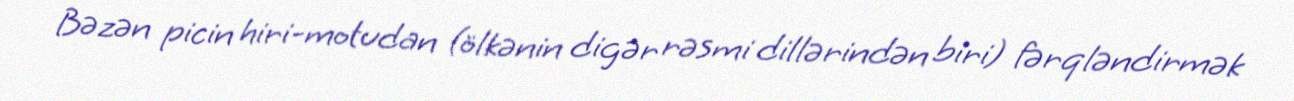
Bəzən picin hiri-motudan (ölkənin digər rəsmi dillərindən biri) fərqləndirmək